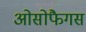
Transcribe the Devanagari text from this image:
ओसोफैगस